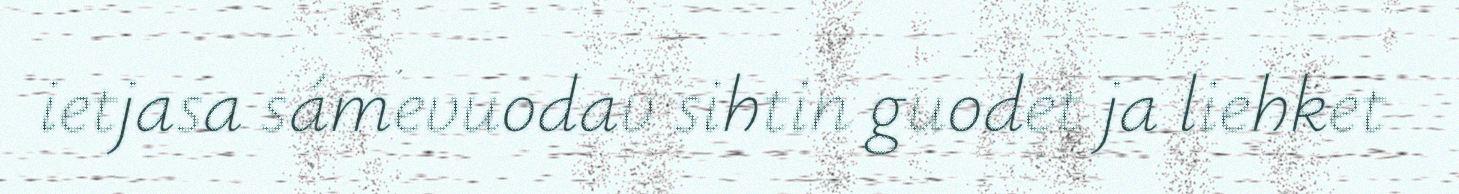
ietjasa sámevuodav sihtin guodet ja liehket